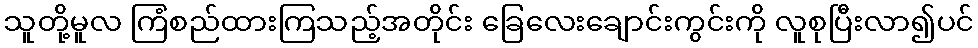
သူတို့မူလ ကြံစည်ထားကြသည့်အတိုင်း ခြေလေးချောင်းကွင်းကို လူစုပြီးလာ၍ပင်